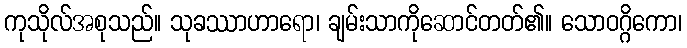
ကုသိုလ်အစုသည်။ သုခဿာဟာရော၊ ချမ်းသာကိုဆောင်တတ်၏။ သောဝဂ္ဂိကော၊